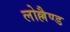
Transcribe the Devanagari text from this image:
लोल्लैण्ड